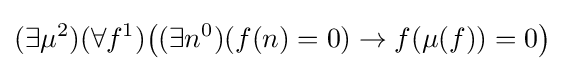
(\exists \mu ^{2})(\forall f^{1}){\big (}(\exists n^{0})(f(n)=0)\rightarrow f(\mu (f))=0{\big )}